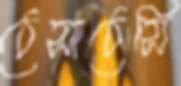
ঠেসাঠেসি